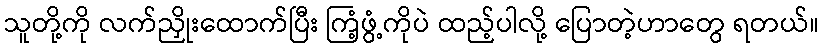
သူတို့ကို လက်ညှိုးထောက်ပြီး ကြံ့ဖွံ့ကိုပဲ ထည့်ပါလို့ ပြောတဲ့ဟာတွေ ရတယ်။